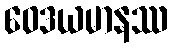
ဝေဒယမာနဿ